Vaccination in Bombay 1924-1928 - 1924-1928
Year: 1924
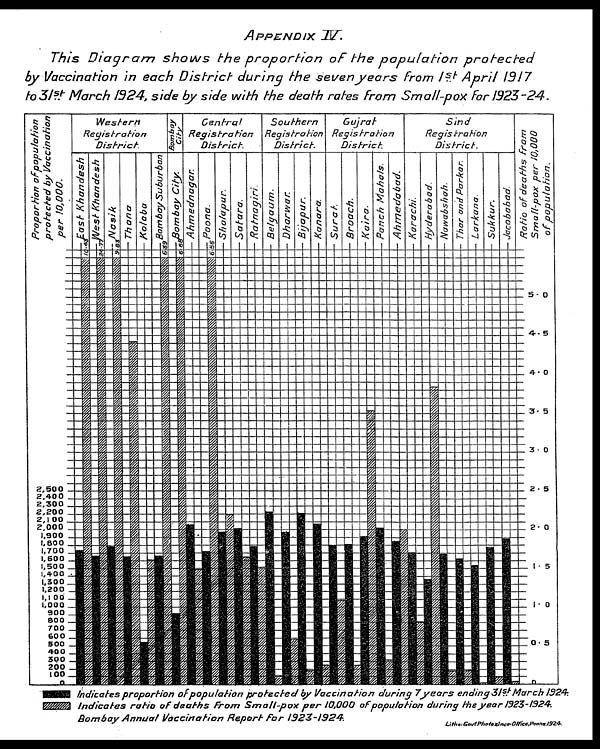
APPENDIX
IV.
This Diagram
shows
the proportion
of the population
protected
by Vaccination in each District
during the seven years
from 1st April 1917
to 31st March 1924, side by side with the death rates from Small-pox for 1923-24.